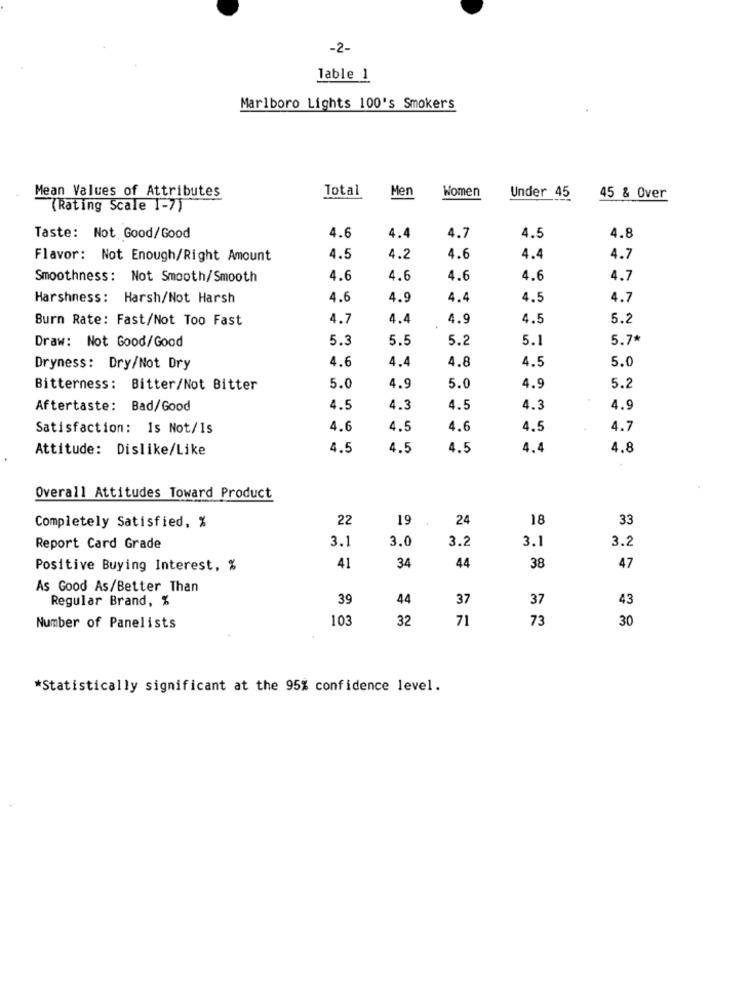
-2-
Table 1
Marlboro Lights 100's Smokers
Mean Values of Attributes
Total
Men
Women
Under 45
45 & Over
(Rating Scale 1-7)
4.5
Taste: Not Good/Good
4.6
4.4
4.7
4.8
Flavor: Not Enough/Right Amount
4.5
4.2
4.6
4.4
4.7
Smoothness: Not Smooth/Smooth
4.6
4.6
4.6
4.6
4.7
Harshness: Harsh/Not Harsh
4.6
4.9
4.4
4.5
4.7
Burn Rate: Fast/Not Too Fast
4.7
4.4
4.9
4.5
5.2
Draw: Not Good/Good
5.3
5.5
5.2
5.1
5.7*
4.6
4.8
4.5
5.0
Dryness: Dry/Not Dry
4.4
Bitterness: Bitter/Not Bitter
5.0
4.9
5.0
4.9
5.2
Aftertaste: Bad/Good
4.5
4.3
4.5
4.3
4.9
Satisfaction: 1s Not/1s
4.6
4.5
4.6
4.5
4.7
Attitude: Dislike/Like
4.5
4.5
4.5
4.4
4.8
Overall Attitudes Toward Product
22
19
24
18
33
Completely Satisfied, %
3.1
3.0
3.2
3.1
3.2
Report Card Grade
34
38
Positive Buying Interest, %
41
44
47
As Good As/Better Than
Regular Brand, %
39
44
37
37
43
103
32
71
73
30
Number of Panelists
*Statistically significant at the 95% confidence level.